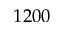
1 2 0 0